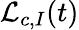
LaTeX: {\mathcal L}_{c,I}(t)